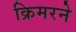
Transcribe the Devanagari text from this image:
क्रिमरने